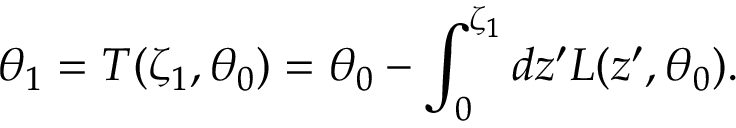
\theta _ { 1 } = T ( \zeta _ { 1 } , \theta _ { 0 } ) = \theta _ { 0 } - \int _ { 0 } ^ { \zeta _ { 1 } } d z ^ { \prime } L ( z ^ { \prime } , \theta _ { 0 } ) .